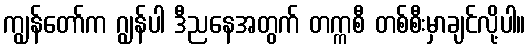
ကျွန်တော်က ဂျွန်ပါ ဒီညနေအတွက် တက္ကစီ တစ်စီးမှာချင်လို့ပါ။